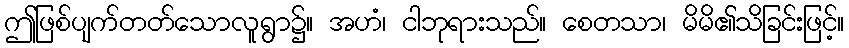
ဤဖြစ်ပျက်တတ်သောလူရွာ၌။ အဟံ၊ ငါဘုရားသည်။ စေတသာ၊ မိမိ၏သိခြင်းဖြင့်။